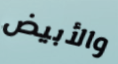
والأبيض